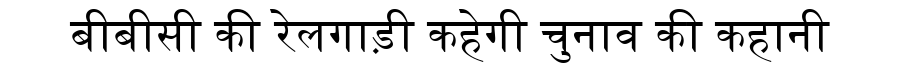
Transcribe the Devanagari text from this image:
बीबीसी की रेलगाड़ी कहेगी चुनाव की कहानी